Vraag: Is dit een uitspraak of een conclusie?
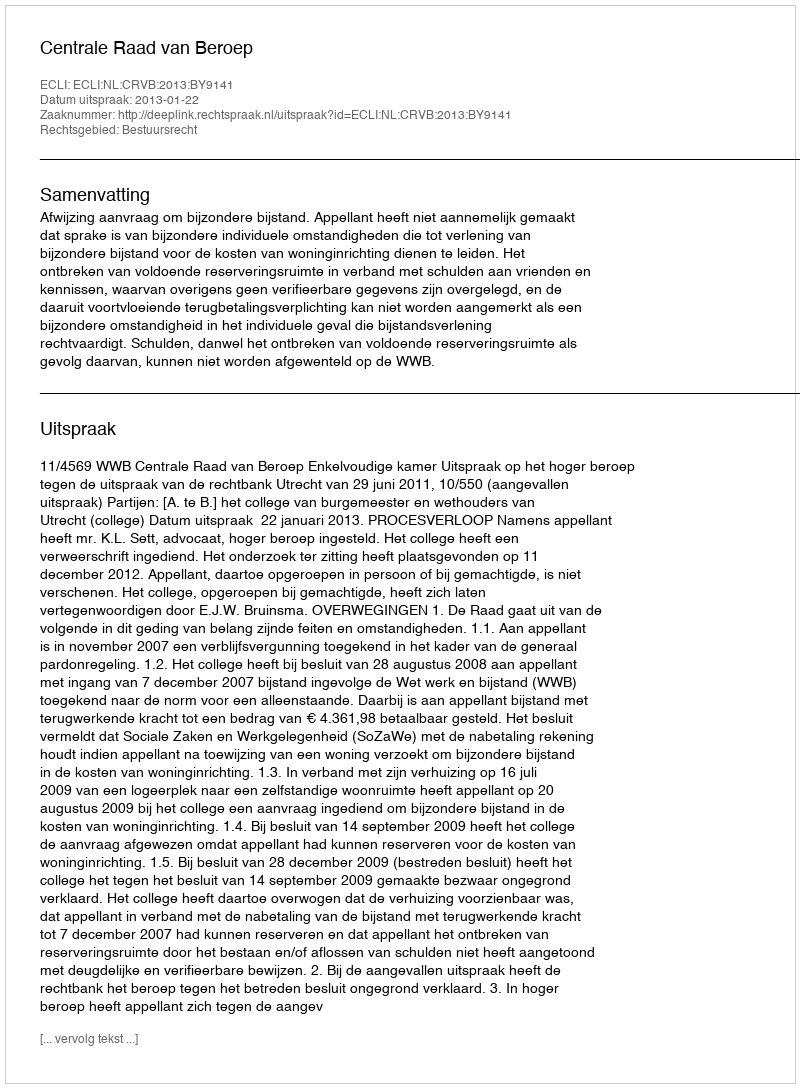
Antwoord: Uitspraak